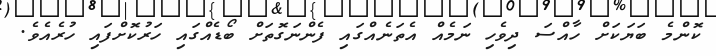
ކޮންމެ ބަޔަކަށް ހާއްސަ ދިވެހި ނަމެއް އެތަނެއްގައި ފެންނަގޮތަށް ބޯޑެއްގައި ހަރުކޮށްފައި ހުރެއެވެ.